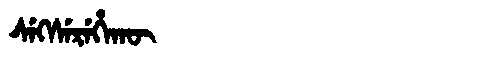
Manchu: ᠰᡝᡴᠰᡝᡵᡝᡥᠠᡴᡡ
Romanization: SEKSEREHAKŪ